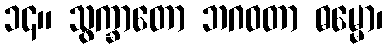
၁၄။ သွက္ခာတော ဘဂဝတာ ဓမ္မော၊